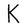
Character: K